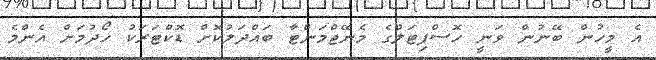
އެ މީހުން ބޭނުން ވަނީ ހޮސްޕިޓަލްގެ މެނޭޖްމަންޓާ ބައްދަލުކޮށް ޑޮކްޓަރަކު ހޯދުމަށް އެންމެ